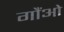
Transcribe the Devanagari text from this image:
गौंओ